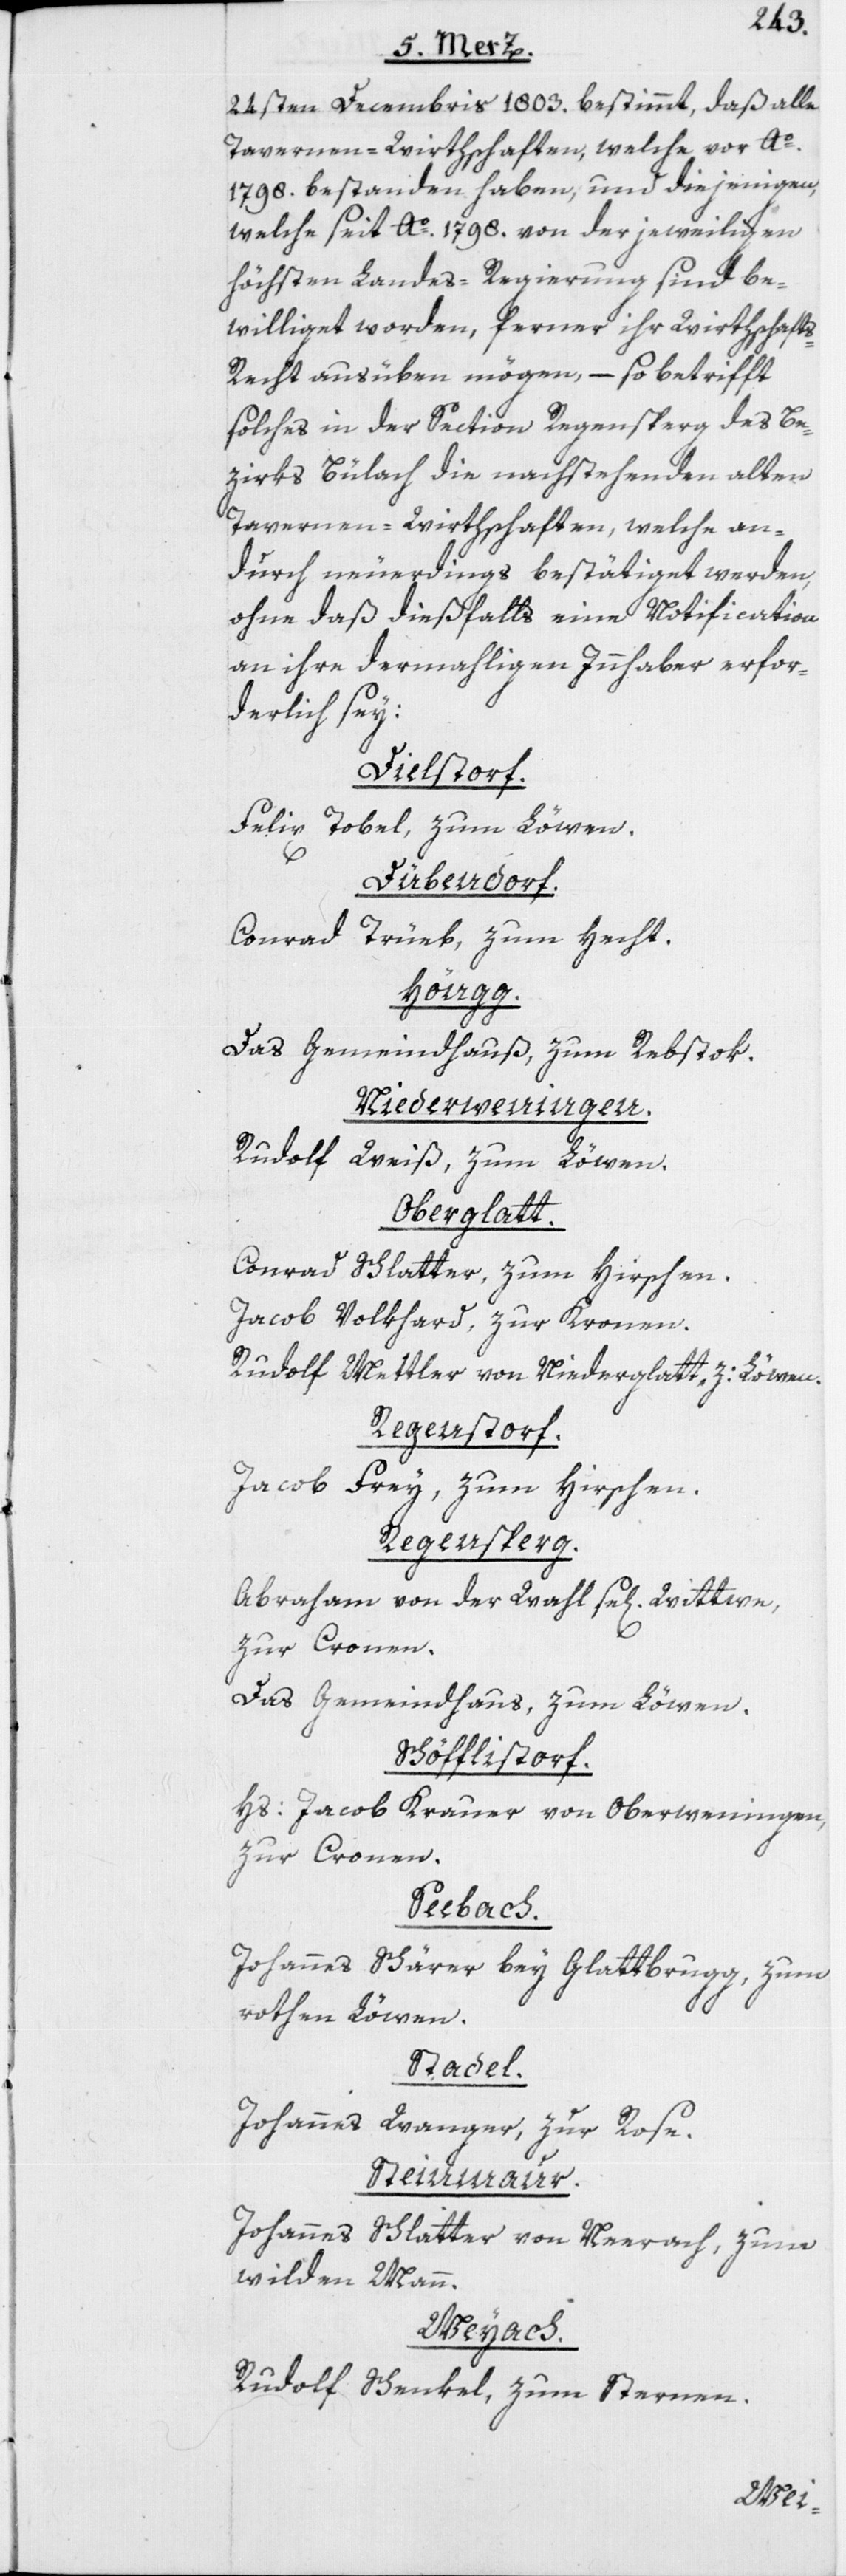
24sten Decembris 1803. bestimmt, daß alle
Tavernen-Wirthschaften, welche vor Ao.
1798. bestanden haben, und diejenigen,
welche seit Ao. 1798. von der jeweiligen
höchsten Landes-Regierung sind be¬
williget worden, ferner ihr Wirthschaft¬
s-Recht ausüben mögen, – so betrifft
solches in der Section Regensperg des Be¬
zirks Bülach die nachstehenden alten
Tavernen-Wirthschaften, welche an¬
durch neuerdings bestätiget werden,
ohne daß dießfalls eine Notification
an ihre dermahligen Innhaber erfor¬
derlich sey:
Dielstorf.
Felix Tobel, zum Löwen.
Dübendorf.
Conrad Trüeb, zum Hecht.
Höngg.
Das Gemeindhaus, zum Rebstok.
Niederweningen.
Rudolf Weiß, zum Löwen.
Oberglatt.
Conrad Schlatter, zum Hirschen.
Jacob Volkhard, zur Kronen.
Rudolf Mettler von Niederglatt, z: Löwen.
Regenstorf.
Jacob Frey, zum Hirschen.
Regensperg.
Abraham von der Wahl se[ligen] Wittwe,
zur Cronen.
Das Gemeindhaus, zum Löwen.
Schöfflistorf.
Hs: Jacob Krauer von Oberwenigen,
zur Cronen.
Seebach.
Johannes Schärer bey Glattbrugg, zum
rothen Löwen.
Stadel.
Johannes Wanger, zur Rose.
Steinmaur.
Johannes Schlatter von Neerach, zum
wilden Mann.
Weyach.
Rudolf Schenkel, zum Sternen.